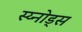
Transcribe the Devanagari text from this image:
स्य्नोड्स